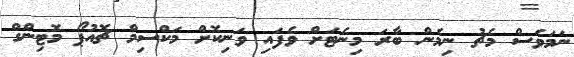
ނަމަވެސް މެޗު ނިމެން ބާރަ މިނެޓަށް ވެފައި ވަނިކޮށް މަކްސިމް ޗޮއުޕޯ މޮޓިންގް